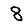
Digit: 8